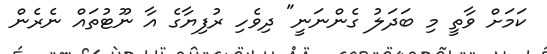
ކަމަށް ވާތީ މި ބަދަލު ގެންނަނީ" ދިވެހި ރުފިޔާގެ އާ ނޫޓުތައް ނެރެން